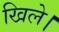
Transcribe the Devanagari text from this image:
खिले।